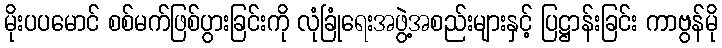
မိုးပပမောင် စစ်မက်ဖြစ်ပွားခြင်းကို လုံခြုံရေးအဖွဲ့အစည်းများနှင့် ပြဋ္ဌာန်းခြင်း ကာဗွန်မို